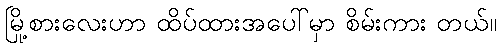
မြို့စားလေးဟာ ထိပ်ထားအပေါ်မှာ စိမ်းကား တယ်။